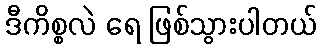
ဒီကိစ္စလဲ ရေ ဖြစ်သွားပါတယ်